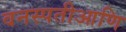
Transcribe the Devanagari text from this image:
वनस्पतीआणि